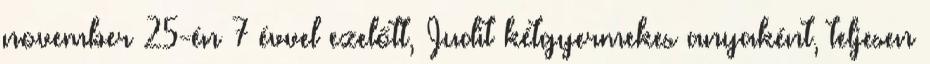
november 25-én 7 évvel ezelőtt, Judit kétgyermekes anyaként, teljesen